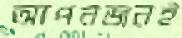
আপনজনই